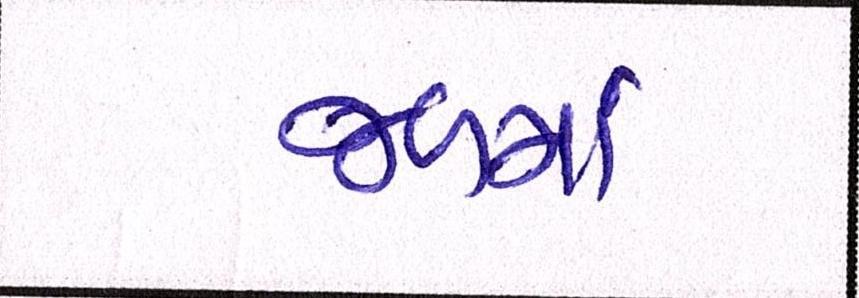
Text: જળમાં